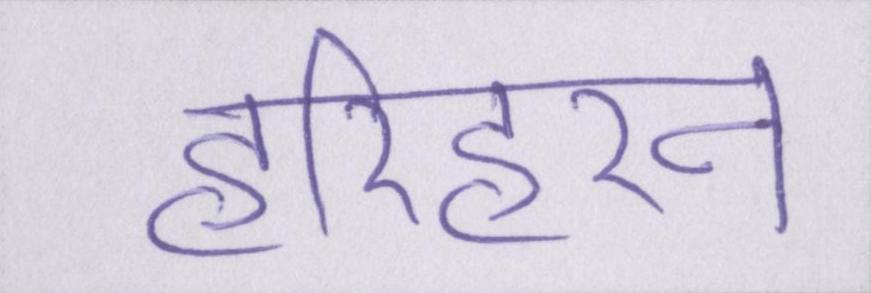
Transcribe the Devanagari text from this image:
हरिहरन